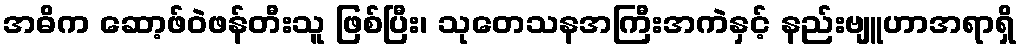
အဓိက ဆော့ဖ်ဝဲဖန်တီးသူ ဖြစ်ပြီး၊ သုတေသနအကြီးအကဲနှင့် နည်းဗျူဟာအရာရှိ